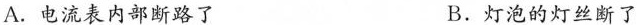
A.电流表内部断路了 B.灯泡的灯丝断了